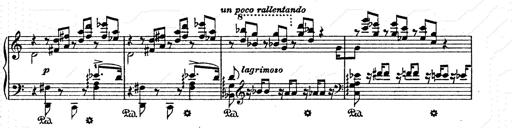
Title: AnnÃ©es de pÃ¨lerinage II
Composer: Franz Liszt